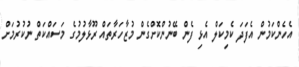
އެހެންކަމުން އެފަދަ ކެމިކަލް އެޅި ފެން ބޭނުންކޮށްގެން މުޒާހަރާތައް ރޫޅާލުމުގެ މަސައްކަތް ނުކުރުމަށް